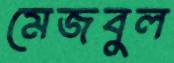
মেজবুল